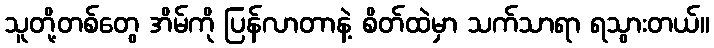
သူတို့တစ်တွေ အိမ်ကို ပြန်လာတာနဲ့ စိတ်ထဲမှာ သက်သာရာ ရသွားတယ်။